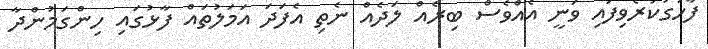
ފާހަގަކުރެވިފައި ވަނީ އެއްވެސް ބިރެއް ލަދެއް ނެތި އެފަދަ އަމަލުތައް ފާޅުގައި ހިންގަމުންދާ